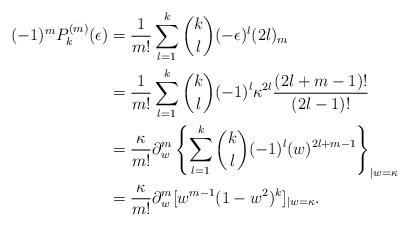
\begin{align*}(-1)^mP_k^{(m)}(\epsilon) &= \frac{1}{m!}\sum_{l=1}^k\binom{k}{l}(-\epsilon)^l(2l)_m\\& = \frac{1}{m!} \sum_{l=1}^{k}\binom{k}{l}(-1)^l \kappa^{2l}\frac{(2l+m-1)!}{(2l-1)!}\\& = \frac{\kappa}{m!} \partial_{w}^{m}\left\{\sum_{l=1}^{k}\binom{k}{l}(-1)^l(w)^{2l+m-1}\right\}_{|w=\kappa}\\& = \frac{\kappa}{m!} \partial_{w}^{m}[w^{m-1}(1-w^2)^{k}]_{|w=\kappa}.\end{align*}